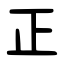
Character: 正